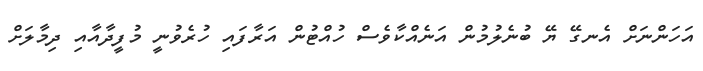
އަހަންނަށް އެނގޭ ޔޭ ބުނެލުމުން އަނެއްކާވެސް ހުއްޓުން އަރާފައި ހުރެވުނީ މުފީދާއާއި ދިމާލަށް